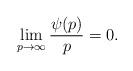
LaTeX: \begin{align*} \lim_{p \to \infty} \frac{\psi(p)}{p} = 0.\end{align*}